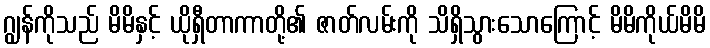
ဂျွန်ကိုသည် မိမိနှင့် ယိုရှီတာကာတို့၏ ဇာတ်လမ်းကို သိရှိသွားသောကြောင့် မိမိကိုယ်မိမိ